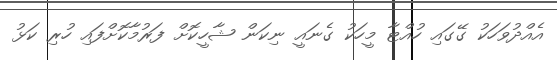
އެއްދުވަހަކު ގޭގައި ހުއްޓާ މީހަކު ގެނައީ ނިކަން ޝާހީކޮށް ފަރުމާކޮށްފައި ހުރި ކަޅު